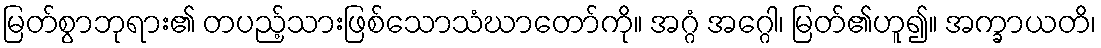
မြတ်စွာဘုရား၏ တပည့်သားဖြစ်သောသံဃာတော်ကို။ အဂ္ဂံ အဂ္ဂေါ၊ မြတ်၏ဟူ၍။ အက္ခာယတိ၊